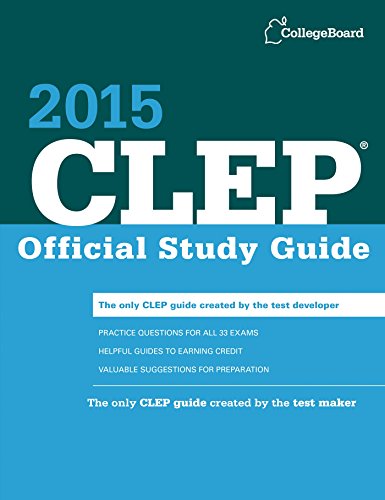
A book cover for CLEP Official Study Guide 2015; The College Board; Test Preparation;